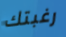
رغبتك